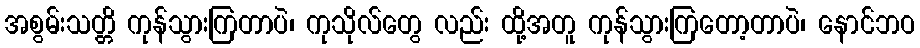
အစွမ်းသတ္တိ ကုန်သွားကြတာပဲ၊ ကုသိုလ်တွေ လည်း ထို့အတူ ကုန်သွားကြတော့တာပဲ၊ နောင်ဘဝ